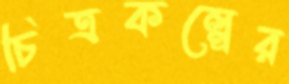
চিত্রকল্পের